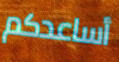
أساعدكم